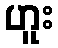
ဟူး